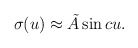
\begin{align*}\sigma( u) \approx \tilde{A} \sin c u.\end{align*}